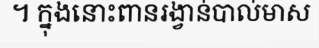
។ ក្នុងនោះពានរង្វាន់បាល់មាស